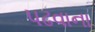
પઢવાના